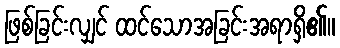
ဖြစ်ခြင်းလျှင် ထင်သောအခြင်းအရာရှိ၏။